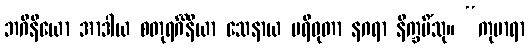
ဘဂိနိယော အာဒါယ စတုရင်္ဂိနိယာ သေနာယ ပရိဝုတာ နဂရာ နိက္ခမိံသု။ “ကုမာရာ